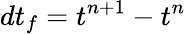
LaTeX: dt_{f}=t^{n+1}-t^{n}